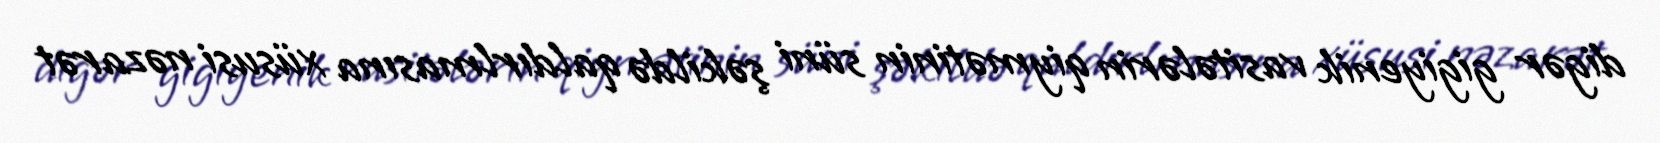
digər gigiyenik vasitələrin qiymətinin süni şəkildə qaldırlmasına xüsusi nəzarət